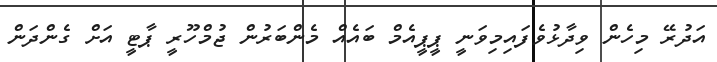
އަދުރޭ މިހެން ވިދާޅުވެފައިމިވަނީ ޕީޕީއެމް ބައެއް މެންބަރުން ޖުމްހޫރީ ޕާޓީ އަށް ގެންދަން